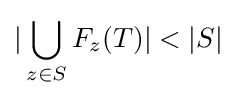
|\bigcup _{z\in S}F_{z}(T)|<|S|